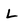
Character: l